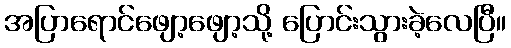
အပြာရောင်ဖျော့ဖျော့သို့ ပြောင်းသွားခဲ့လေပြီ။